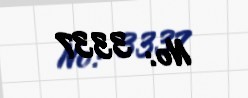
№: 3337